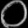
Digit: ၀